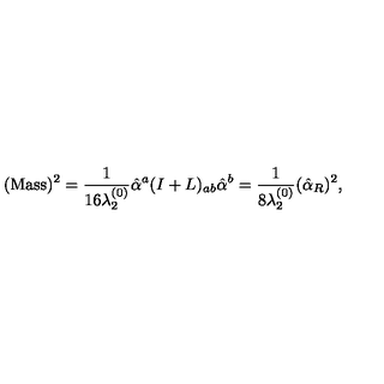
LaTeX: ( \mathrm { M a s s } ) ^ { 2 } = { \frac { 1 } { 1 6 \lambda _ { 2 } ^ { ( 0 ) } } } \hat { \alpha } ^ { a } ( I + L ) _ { a b } \hat { \alpha } ^ { b } = { \frac { 1 } { 8 \lambda _ { 2 } ^ { ( 0 ) } } } ( \hat { \alpha } _ { R } ) ^ { 2 } ,